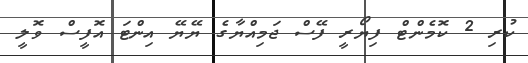
ކުރި 2 ކޮމެންޓް ފިޔޯރީ ފޭސް ޖަމިއްޔާގެ ޔޭޔޭ އިންޓަ އޮފީސް ވޮލީ